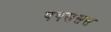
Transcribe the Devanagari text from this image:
पषससस